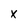
Character: x